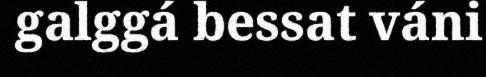
galggá bessat váni